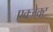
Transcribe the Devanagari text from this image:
एक्जेक्ट